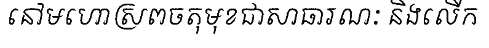
នៅមហោស្រពចតុមុខជាសាធារណៈ និងលើក